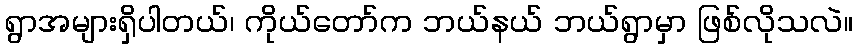
ရွာအများရှိပါတယ်၊ ကိုယ်တော်က ဘယ်နယ် ဘယ်ရွာမှာ ဖြစ်လိုသလဲ။